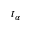
t _ { \alpha }